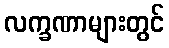
လက္ခဏာများတွင်